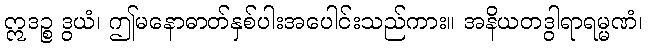
ဣဒဉ္စ ဒွယံ၊ ဤမနောဓာတ်နှစ်ပါးအပေါင်းသည်ကား။ အနိယတဒွါရာရမ္မဏံ၊